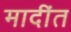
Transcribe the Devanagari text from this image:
मादींत